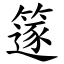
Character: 篴